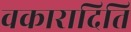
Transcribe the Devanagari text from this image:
वकारादिति